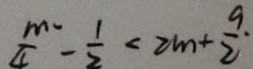
\frac { m ^ { 2 } } { 4 } - \frac { 1 } { 2 } < 2 m + \frac { 9 . } { 2 }